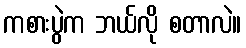
ကစားပွဲက ဘယ်လို စတာလဲ။